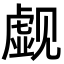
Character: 觑